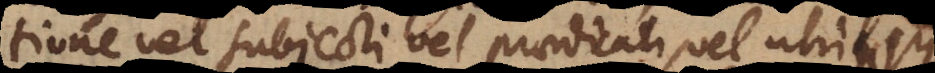
resolutione vel subjecti vel praedicati, vel utriusque